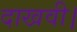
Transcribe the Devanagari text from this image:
दाखवी।